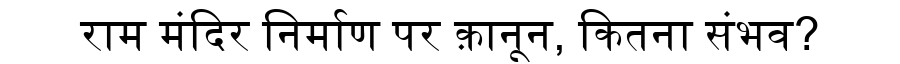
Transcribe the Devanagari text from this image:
राम मंदिर निर्माण पर क़ानून, कितना संभव?